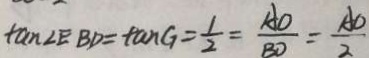
\tan \angle E B D = \tan G = \frac { 1 } { 2 } = \frac { A O } { B D } = \frac { A O } { 2 }